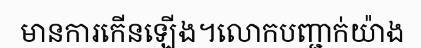
មានការកើនឡើង។លោកបញ្ជាក់យ៉ាង